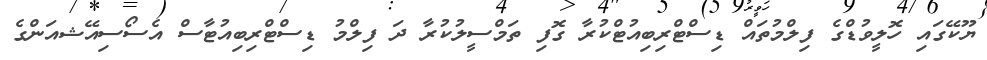
ޔޫކޭގައި ހޮލީވުޑްގެ ފިލްމުތައް ޑިސްޓްރިބިއުޓްކުރާ ގޮފި ތަމްސީލުކުރާ ދަ ފިލްމު ޑިސްޓްރިބިއުޓާސް އެސޯސިއޭޝއަންގެ